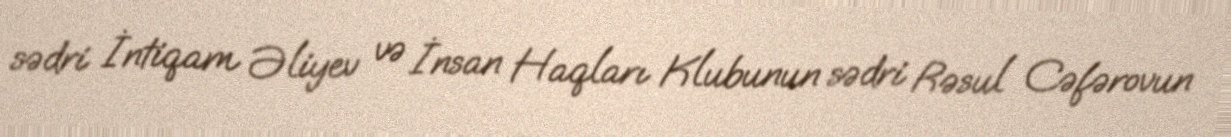
sədri İntiqam Əliyev və İnsan Haqları Klubunun sədri Rəsul Cəfərovun